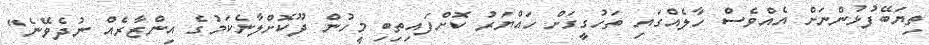
ތިޔަބޭފުޅުންނަށް އެއްވެސް ހާލެއްގައި ތަހުގީގަށް ހައްޔަރު ކޮށްފައިތިބި މީހުން ދޫކޮށްލާނެކަމުގެ އިންޒާރެއް ނުދެވޭނެ"